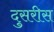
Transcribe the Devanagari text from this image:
दुसरीस